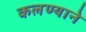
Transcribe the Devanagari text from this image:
कलण्याने